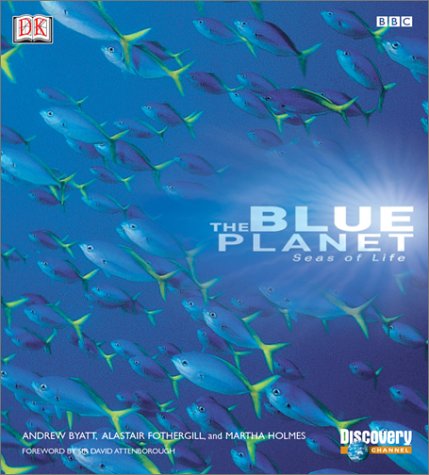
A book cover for The Blue Planet: A Natural History of the Oceans; DK Publishing; Science & Math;